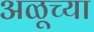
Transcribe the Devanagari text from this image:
अळूच्या